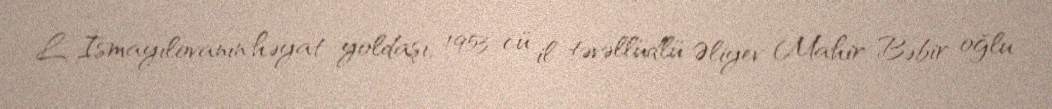
L. İsmayılovanın həyat yoldaşı, 1953-cü il təvəllüdlü Əliyev Mahir Bəbir oğlu